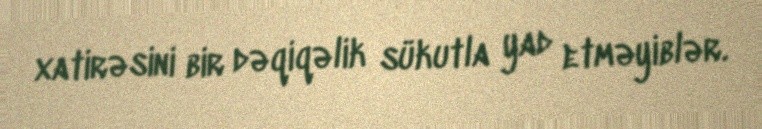
xatirəsini bir dəqiqəlik sükutla yad etməyiblər.